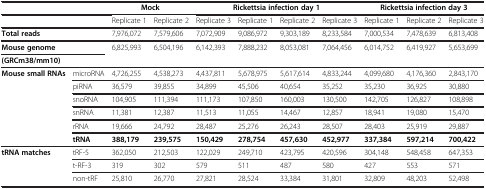
<table><thead><tr><td><b> </b></td><td><b> </b></td><td colspan="2"><b>Mock</b></td><td colspan="4"><b>Rickettsia infection day 1</b></td><td colspan="3"><b>Rickettsia infection day 3</b></td></tr></thead><tbody><tr><td> </td><td> </td><td>Replicate 1</td><td>Replicate 2</td><td>Replicate 3</td><td>Replicate 1</td><td>Replicate 2</td><td>Replicate 3</td><td>Replicate 1</td><td>Replicate 2</td><td>Replicate 3</td></tr><tr><td colspan="2"><b>Total reads</b></td><td>7,976,072</td><td>7,579,606</td><td>7,072,909</td><td>9,086,972</td><td>9,303,189</td><td>8,233,584</td><td>7,000,534</td><td>7,478,639</td><td>6,813,408</td></tr><tr><td colspan="2"><b>Mouse genome</b></td><td rowspan="2">6,825,993</td><td rowspan="2">6,504,196</td><td rowspan="2">6,142,393</td><td rowspan="2">7,888,232</td><td rowspan="2">8,053,081</td><td rowspan="2">7,064,456</td><td rowspan="2">6,014,752</td><td rowspan="2">6,419,927</td><td rowspan="2">5,653,699</td></tr><tr><td colspan="2"><b>(GRCm38/mm10)</b></td></tr><tr><td rowspan="6"><b>Mouse small RNAs</b></td><td>microRNA</td><td>4,726,255</td><td>4,538,273</td><td>4,437,811</td><td>5,678,975</td><td>5,617,614</td><td>4,833,244</td><td>4,099,680</td><td>4,176,360</td><td>2,843,170</td></tr><tr><td>piRNA</td><td>36,579</td><td>39,855</td><td>34,899</td><td>45,506</td><td>40,654</td><td>35,252</td><td>35,230</td><td>36,925</td><td>30,880</td></tr><tr><td>snoRNA</td><td>104,905</td><td>111,394</td><td>111,173</td><td>107,850</td><td>160,003</td><td>130,500</td><td>142,705</td><td>126,827</td><td>108,898</td></tr><tr><td>snRNA</td><td>11,381</td><td>12,387</td><td>11,513</td><td>11,055</td><td>14,467</td><td>12,857</td><td>18,941</td><td>19,080</td><td>15,470</td></tr><tr><td>rRNA</td><td>19,666</td><td>24,792</td><td>28,487</td><td>25,276</td><td>26,243</td><td>28,507</td><td>28,403</td><td>25,919</td><td>29,887</td></tr><tr><td><b>tRNA</b></td><td><b>388,179</b></td><td><b>239,575</b></td><td><b>150,429</b></td><td><b>278,754</b></td><td><b>457,630</b></td><td><b>452,977</b></td><td><b>337,384</b></td><td><b>597,214</b></td><td><b>700,422</b></td></tr><tr><td rowspan="3"><b>tRNA matches</b></td><td>tRF-5</td><td>362,050</td><td>212,503</td><td>122,029</td><td>249,710</td><td>423,795</td><td>420,596</td><td>304,148</td><td>548,458</td><td>647,353</td></tr><tr><td>t-RF-3</td><td>319</td><td>302</td><td>579</td><td>511</td><td>487</td><td>580</td><td>427</td><td>553</td><td>571</td></tr><tr><td>non-tRF</td><td>25,810</td><td>26,770</td><td>27,821</td><td>28,524</td><td>33,384</td><td>31,801</td><td>32,809</td><td>48,203</td><td>52,498</td></tr></tbody></table>